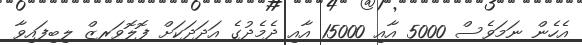
އެހެން ނަމަވެސް 5000 އާއި 15000 އާއި ދެމެދުގެ އަދަދަކަށް ފޮލޮވަރޒް ލިބިފައިވާ